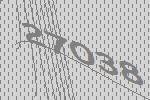
27038